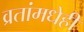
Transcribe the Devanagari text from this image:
व्रतांमधेही